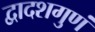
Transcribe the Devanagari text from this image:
द्वादशगुणं